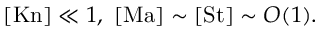
[ \mathrm { K n } ] \ll 1 , \ [ \mathrm { M a } ] \sim [ \mathrm { S t } ] \sim O ( 1 ) .